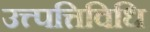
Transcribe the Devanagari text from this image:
उत्त्पत्तिविधि